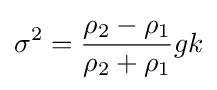
\sigma ^{2}={\frac {\rho _{2}-\rho _{1}}{\rho _{2}+\rho _{1}}}gk